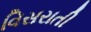
વિસરાતી